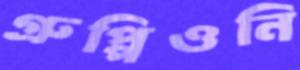
গ্রুপ্পিওনি